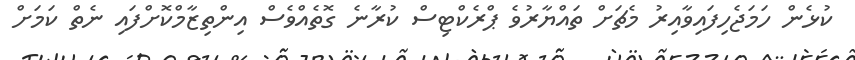
ކުޅެން ހަމަޖެހިފައިވާއިރު މެޗަށް ތައްޔާރުވެ ޕްރެކްޓިސް ކުރާނެ ގޮތެއްވެސް އިންތިޒާމްކޮށްފައި ނެތް ކަމަށް